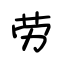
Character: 劳